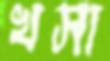
খসা